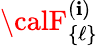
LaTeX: {\calF}_{\{ \ell\} }^{(\mathbf{i})}